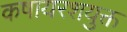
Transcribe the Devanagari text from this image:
कषायरशयुक्त